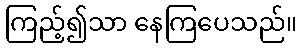
ကြည့်၍သာ နေကြပေသည်။